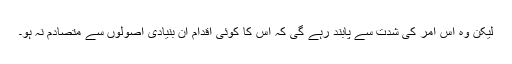
لیکن وہ اس امر کی شدت سے پابند رہے گی کہ اس کا کوئی اقدام ان بنیادی اصولوں سے متصادم نہ ہو۔